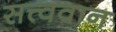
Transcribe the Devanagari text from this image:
सत्त्ववान